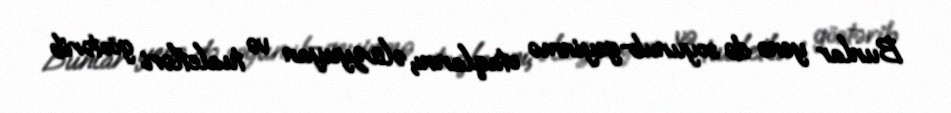
Bunlar yenə də soyunub-geyinmə otaqlarını, əlüzyuyan və tualetləri göstərib